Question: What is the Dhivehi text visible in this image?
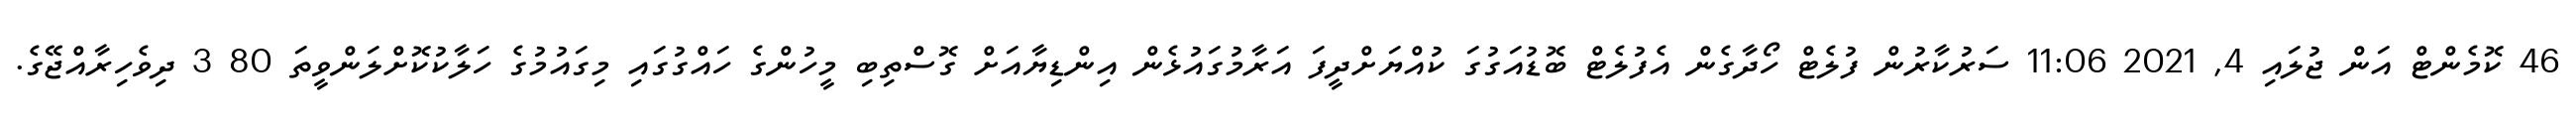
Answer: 46 ކޮމެންޓް އަން ޖުލައި 4, 2021 11:06 ސަރުކާރުން ފުލެޓް ހޯދާގެން އެފުލެޓް ބޮޑުއަގުގަ ކުއްޔަށްދީފަ އަރާމުގައުޅެން އިންޑިޔާއަށް ގޮސްތިބި މީހުންގެ ހައްގުގައި މިގައުމުގެ ހަލާކުކޮށްލަންވީތަ 80 3 ދިވެހިރާއްޖޭގެ.